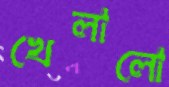
খেলালো